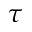
\tau